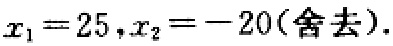
\(x_{1}=25,x_{2}=-20(\text{舍去}).\)